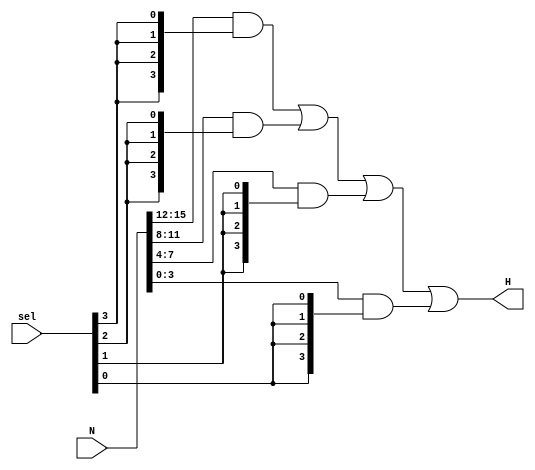
`timescale 1ns / 1ps
//////////////////////////////////////////////////////////////////////////////////
// Company: 
// Engineer: 
// 
// Design Name: 
// Module Name: Selector
// Project Name: 
// Target Devices: 
// Tool Versions: 
// Description: 
// 
// Dependencies: 
// 
// Revision:
// Revision 0.01 - File Created
// Additional Comments:
// 
//////////////////////////////////////////////////////////////////////////////////


module Selector(
        input [3:0] sel,
        input [15:0] N,
        output [3:0] H
    );
    
    assign H[3:0] = (N[15:12] & {4{sel[3]}}) | (N[11:8] & {4{sel[2]}}) | (N[7:4] & {4{sel[1]}}) | (N[3:0] & {4{sel[0]}});

endmodule